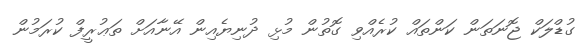
ގުޑްލަކް ޖޮނަތަން ކަންތައް ކުރެއްވި ގޮތުން މުޅި ދުނިޔެއިން އޭނާއަށް ތަޢުރީފް ކުރަމުން